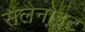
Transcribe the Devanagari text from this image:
सैलैनाइट